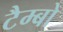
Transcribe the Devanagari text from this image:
टैम्बो